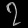
Digit: ၇